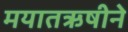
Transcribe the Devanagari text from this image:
मयातऋषीने